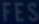
FES